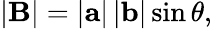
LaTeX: \left|\mathbf{B}\right|=\left|\mathbf{a}\right|\left|\mathbf{b}\right|\sin{\theta},